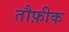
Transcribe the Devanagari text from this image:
तौफ़ीक